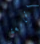
الجامعة